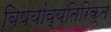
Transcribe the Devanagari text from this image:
विषयांव्यतिरिक्त